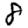
Digit: 8